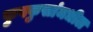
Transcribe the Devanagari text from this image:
फुफ्फुसांमधील